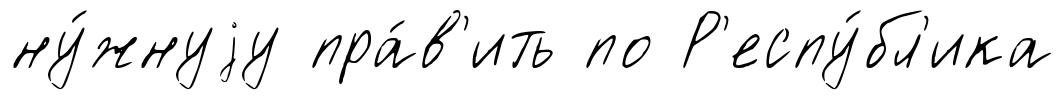
ну́жнуjу пра́в'ить по Р'еспу́бл'ика